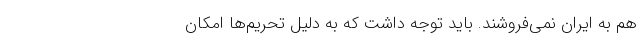
هم به ایران نمی‌فروشند. باید توجه داشت که به دلیل تحریم‌ها امکان